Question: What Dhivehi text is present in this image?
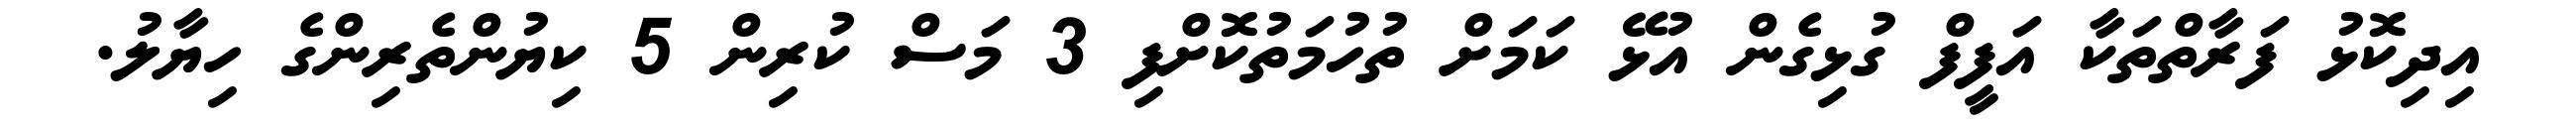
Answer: އިދިކޮޅު ފަރާތްތަކާ އަފީފް ގުޅިގެން އުޅޭ ކަމަށް ތުހުމަތުކޮށްފި 3 މަސް ކުރިން 5 ކިޔުންތެރިންގެ ހިޔާލު.